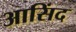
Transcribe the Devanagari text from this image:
आसिंद